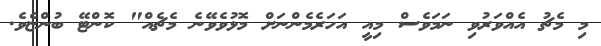
މި މެޗު އެއްވަރުވި ނަމަވެސް މިއީ އަހަރެމެންނަށް މޮޅުވެވޭނެ މެޗެއް" ކޮންޓޭ ބުންޏެވެ.